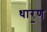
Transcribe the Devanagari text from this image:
धार॒ण